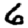
Digit: 6